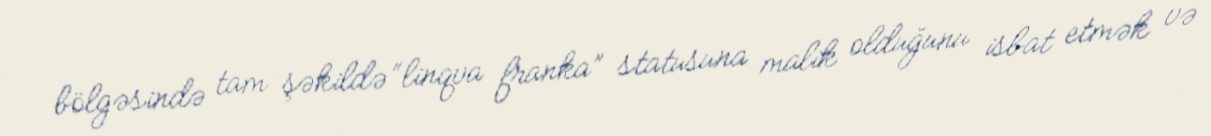
bölgəsində tam şəkildə “linqva franka” statusuna malik olduğunu isbat etmək və